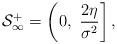
LaTeX: \begin{align*}\mathcal{S}_\infty^{+} = \left(0,~\frac{2\eta}{\sigma^2}\right], \end{align*}